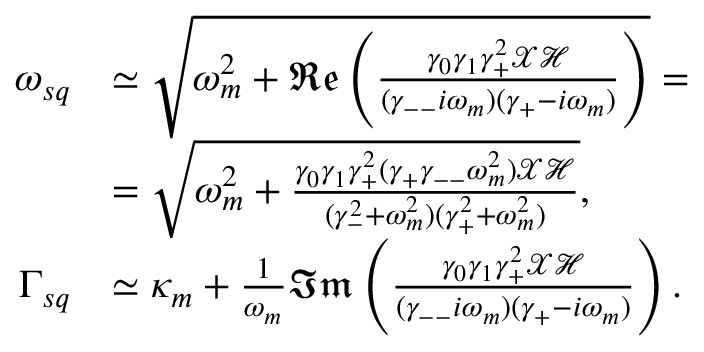
\begin{array} { r l } { \omega _ { s q } } & { \simeq \sqrt { \omega _ { m } ^ { 2 } + \mathfrak { R e } \left( \frac { \gamma _ { 0 } \gamma _ { 1 } \gamma _ { + } ^ { 2 } \mathcal { X } \mathcal { H } } { ( \gamma _ { -- } i \omega _ { m } ) ( \gamma _ { + } - i \omega _ { m } ) } \right) } = } \\ & { = \sqrt { \omega _ { m } ^ { 2 } + \frac { \gamma _ { 0 } \gamma _ { 1 } \gamma _ { + } ^ { 2 } ( \gamma _ { + } \gamma _ { -- } \omega _ { m } ^ { 2 } ) \mathcal { X } \mathcal { H } } { ( \gamma _ { - } ^ { 2 } + \omega _ { m } ^ { 2 } ) ( \gamma _ { + } ^ { 2 } + \omega _ { m } ^ { 2 } ) } } , } \\ { \Gamma _ { s q } } & { \simeq \kappa _ { m } + \frac { 1 } { \omega _ { m } } \mathfrak { I m } \left( \frac { \gamma _ { 0 } \gamma _ { 1 } \gamma _ { + } ^ { 2 } \mathcal { X } \mathcal { H } } { ( \gamma _ { -- } i \omega _ { m } ) ( \gamma _ { + } - i \omega _ { m } ) } \right) . } \end{array}